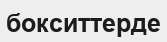
бокситтерде